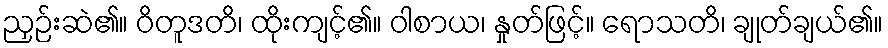
ညှဉ်းဆဲ၏။ ဝိတူဒတိ၊ ထိုးကျင့်၏။ ဝါစာယ၊ နှုတ်ဖြင့်။ ရောသတိ၊ ချုတ်ချယ်၏။